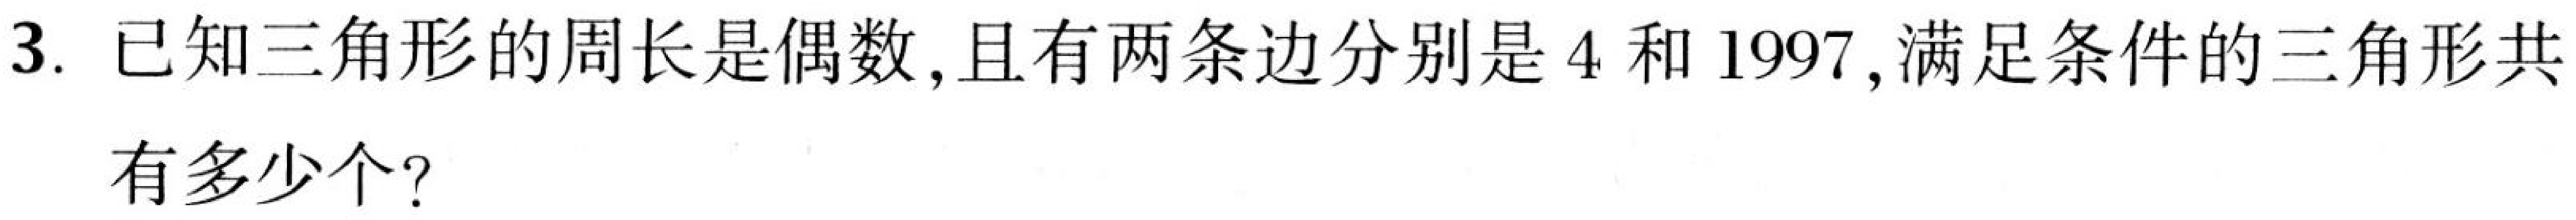
3. 已知三角形的周长是偶数，且有两条边分别是\(4\)和\(1997\)，满足条件的三角形共有多少个？